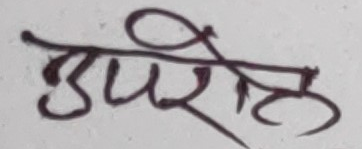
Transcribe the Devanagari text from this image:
उपर्ोहु